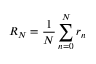
R _ { N } = \frac { 1 } { N } \sum _ { n = 0 } ^ { N } r _ { n }